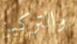
والتركيز